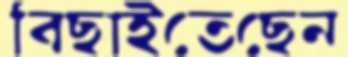
বিছাইতেছেন